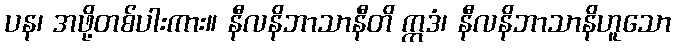
ပန၊ အဖို့တစ်ပါးကား။ နီလနိဘာသာနီတိ ဣဒံ၊ နီလနိဘာသာနိဟူသော